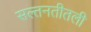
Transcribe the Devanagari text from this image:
सल्तनतीतली